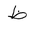
Letter: _za